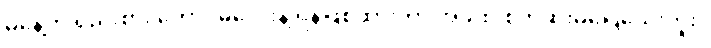
မနေ့က ရည်းစား ကောင်မလေးနဲ့ ရန်ဖြစ်ထားတာ အခုထိ စိတ်ဆိုးမပြေသေးဘူး။